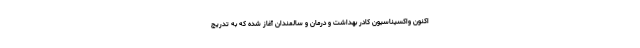
اکنون واکسیناسیون کادر بهداشت و درمان و سالمندان آغاز شده که به تدریج